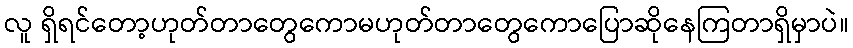
လူ ရှိရင်တော့ဟုတ်တာတွေကောမဟုတ်တာတွေကောပြောဆိုနေကြတာရှိမှာပဲ။